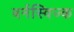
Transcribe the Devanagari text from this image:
बर्नस्विज्क